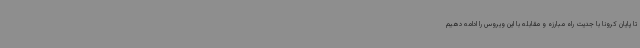
تا پایان کرونا با جدیت راه مبارزه و مقابله با این ویروس را ادامه دهیم